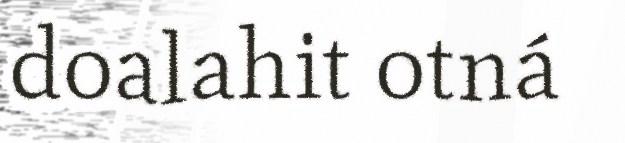
doalahit otná